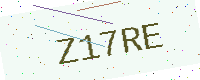
Text: Z17RE